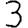
Digit: 3